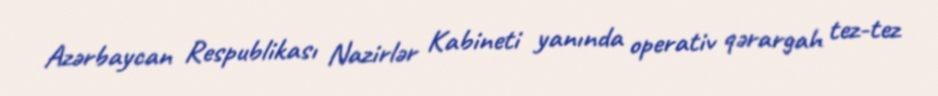
Azərbaycan Respublikası Nazirlər Kabineti yanında operativ qərargah tez-tez